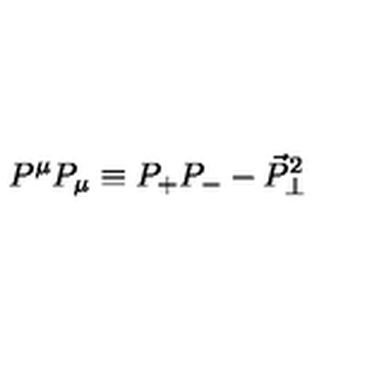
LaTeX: P ^ { \mu } P _ { \mu } \equiv P _ { + } P _ { - } - \vec { P } _ { \perp } ^ { 2 }